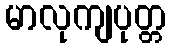
မာလုကျပုတ္တ